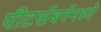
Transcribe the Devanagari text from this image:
पीटर्सबर्गमध्ये